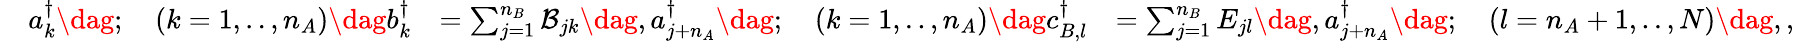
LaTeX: \begin{array}{rlrl}&{a_{k}^{\dagger}\dag;\quad(k=1,..,n_{A})\dag b_{k}^{\dagger}}&{=\sum_{j=1}^{n_{B}}\mathcal{B}_{jk}\dag,a_{j+n_{A}}^{\dagger}\dag;\quad(k=1,..,n_{A})\dag c_{B,l}^{\dagger}}&{=\sum_{j=1}^{n_{B}}E_{jl}\dag,a_{j+n_{A}}^{\dagger}\dag;\quad(l=n_{A}+1,..,N)\dag,,}\end{array}